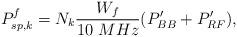
LaTeX: \begin{align*}P_{sp,k}^f = N_k\frac{W_f}{10~MHz} (P_{BB}'+P_{RF}'), \end{align*}